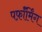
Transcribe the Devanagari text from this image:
पर्फ़ॉर्मिंग